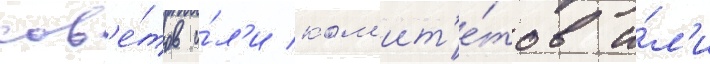
сов'е́тов и́л'и ком'ит'е́тов и́л'и